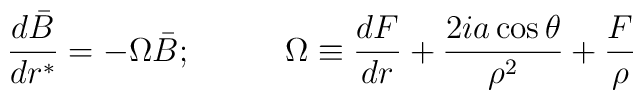
\frac{d\bar{B}}{dr^*}=-\Omega\bar{B};\;\;\;\;\;\;\;\;\;\;\Omega\equiv\frac{dF}{dr}+\frac{2ia\cos\theta}{\rho^2}+\frac{F}{\rho}